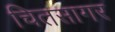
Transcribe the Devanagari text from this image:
चितसागर